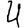
Digit: 4